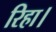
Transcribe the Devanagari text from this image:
रिहा।